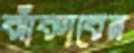
ঝাঁকাবেন